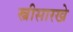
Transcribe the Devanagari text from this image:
स्त्रीसारखे